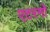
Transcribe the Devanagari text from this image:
एटरनो